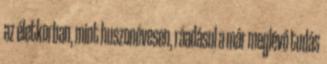
az életkorban, mint huszonévesen, ráadásul a már meglévő tudás